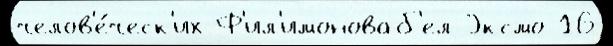
челов'е́ческ'их Ф'ил'имоноваб'ел Эксмо 16